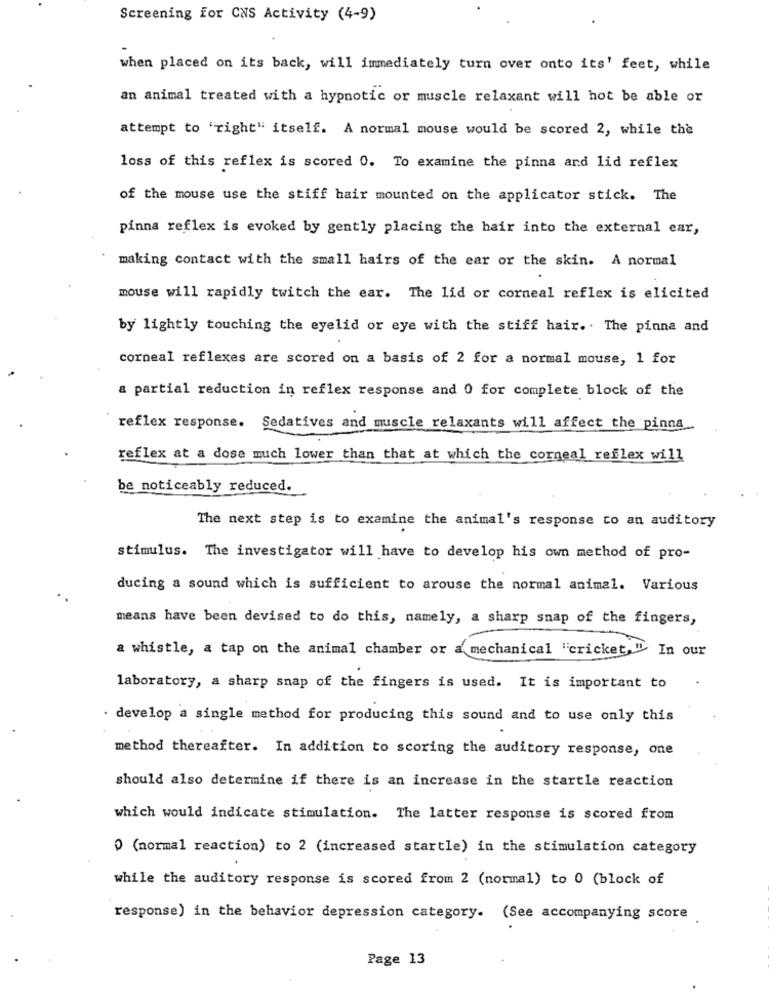
Screening for CNS Activity (4-9)
when placed on its back, will immediately turn over onto its' feet, while
an animal treated with a hypnotic or muscle relaxant will hot be able or
attempt to "right" itself. A normal mouse would be scored 2, while the
loss of this reflex is scored 0. To examine the pinna and lid reflex
of the mouse use the stiff hair mounted on the applicator stick. The
pinna reflex is evoked by gently placing the hair into the external ear,
making contact with the small hairs of the ear or the skin. A normal
mouse will rapidly twitch the ear. The lid or corneal reflex is elicited
by lightly touching the eyelid or eye with the stiff hair .. The pinna and
corneal reflexes are scored on a basis of 2 for a normal mouse, 1 for
a partial reduction in reflex response and 0 for complete block of the
reflex response. Sedatives and muscle relaxants will affect the pinna
reflex at a dose much lower than that at which the corneal reflex will
be noticeably reduced.
The next step is to examine the animal's response to an auditory
stimulus. The investigator will have to develop his own method of pro-
ducing a sound which is sufficient to arouse the normal animal. Various
means have been devised to do this, namely, a sharp snap of the fingers,
a whistle, a tap on the animal chamber or a mechanical "cricket, " In our
laboratory, a sharp snap of the fingers is used. It is important to
. develop a single method for producing this sound and to use only this
method thereafter. In addition to scoring the auditory response, one
should also determine if there is an increase in the startle reaction
which would indicate stimulation. The latter response is scored from
(normal reaction) to 2 (increased startle) in the stimulation category
while the auditory response is scored from 2 (normal) to 0 (block of
response) in the behavior depression category. (See accompanying score
Page 13